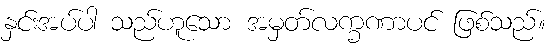
နှင်းအပ်ပါ သည်ဟူသော အမှတ်လက္ခဏာပင် ဖြစ်သည်။